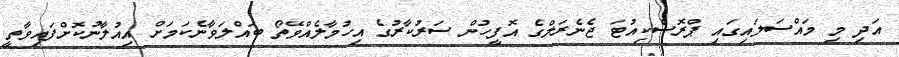
އަދި މި މައްސަލައިގައި ޕްރޮސެކިއުޓަ ޖެނެރަލްގެ އޮފީހުން ސަރުކާރުގެ އިހުމާލެއްވޭތޯ ބައްލަވާނެކަމަށް އިއުލާނުކޮށްފައިވާތީ